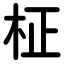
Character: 柾